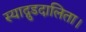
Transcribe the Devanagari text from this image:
स्याद्गुडदालिता।